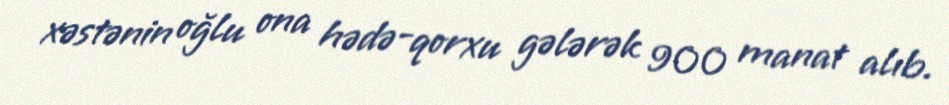
xəstənin oğlu ona hədə-qorxu gələrək 900 manat alıb.